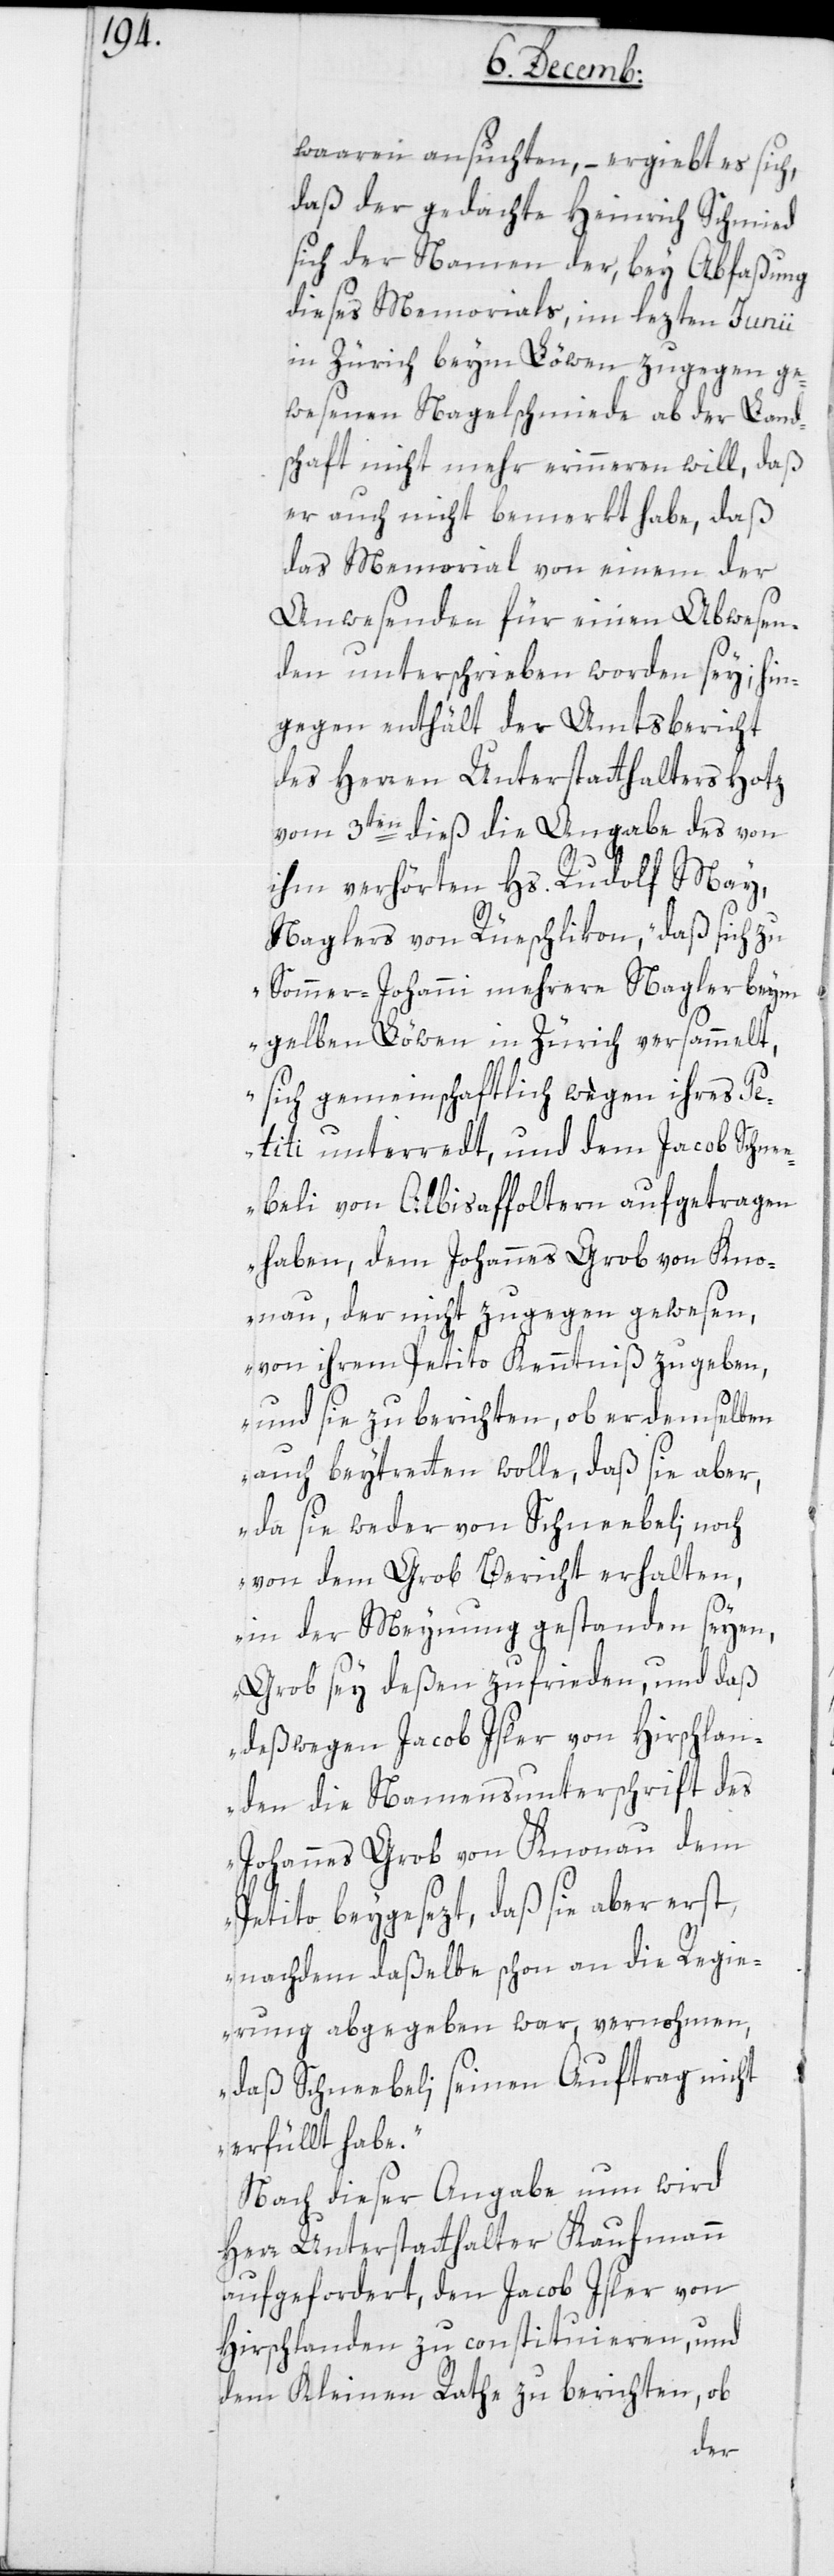
waaren ansuchen, – ergiebt es sich,
daß der gedachte Heinrich Schmied
sich der Namen der, bey Abfaßung
dieses Memorials, im lezten Junii
in Zürich beym Löwen zugegen ge¬
wesenen Nagelschmiede ab der Land¬
schaft nicht mehr erinnern will, daß
er auch nicht bemerkt habe, daß
das Memorial von einem der
Anwesenden für einen Abwesen¬
den unterschrieben worden sey, hin¬
gegen enthält der Amtsbericht
des Herren Unterstatthalters Hotz
vom 3ten dieß die Angabe des von
ihm verhörten Hs. Rudolf May,
Naglers von Rüschlikon, „daß sich zu
Sommer-Johanni mehrere Nagler beym
gelben Löwen in Zürich versammelt,
sich gemeinschaftlich wegen ihres Pe¬
titi unterredt, und dem Jacob Schne¬
ebeli von Albisaffoltern aufgetragen
haben, dem Johannes Grob von Kno¬
nau, der nicht zugegen gewesen,
von ihrem Petito Kenntniß zu geben,
und sie zu berichten, ob er demselben
auch beitreten wolle, daß sie aber,
da sie weder von Schneebeli; noch
von dem Grob Bericht erhalten,
in der Meynung gestanden seyen,
Grob sey deßen zufrieden, und daß
deßwegen Jacob Isler von Hirslan¬
den die Namensunterschrift des
Johannes Grob von Knonau dem
Petito beygesezt, daß sie aber erst,
nachdem daßelbe schon an die Regie¬
rung abgegeben war, vernohmen,
daß Schneebeli seinen Auftrag nicht
erfüllt habe.“
Nach dieser Angabe nun wird
Herr Unterstatthalter Kaufmann
aufgefordert, den Jacob Isler von
Hirslanden zu constituieren und
dem Kleinen Rathe zu berichten, ob